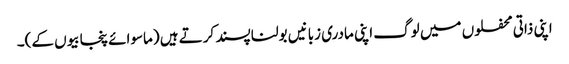
اپنی ذاتی محفلوں میں لوگ اپنی مادری زبانیں بولنا پسند کرتے ہیں (ماسوائے پنجابیوں کے)۔